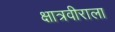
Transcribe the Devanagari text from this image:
क्षात्रवीराला